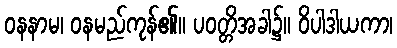
ဝနနာမ၊ ဝနမည်ကုန်၏။ ပဝတ္တိအခါ၌။ ဝိပါဒါယကာ၊